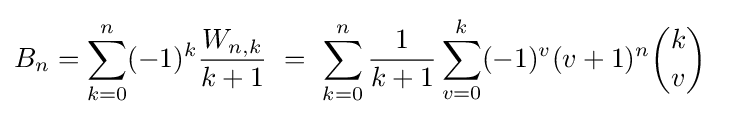
B_{n}=\sum _{k=0}^{n}(-1)^{k}{\frac {W_{n,k}}{k+1}}\ =\ \sum _{k=0}^{n}{\frac {1}{k+1}}\sum _{v=0}^{k}(-1)^{v}(v+1)^{n}{k \choose v}\